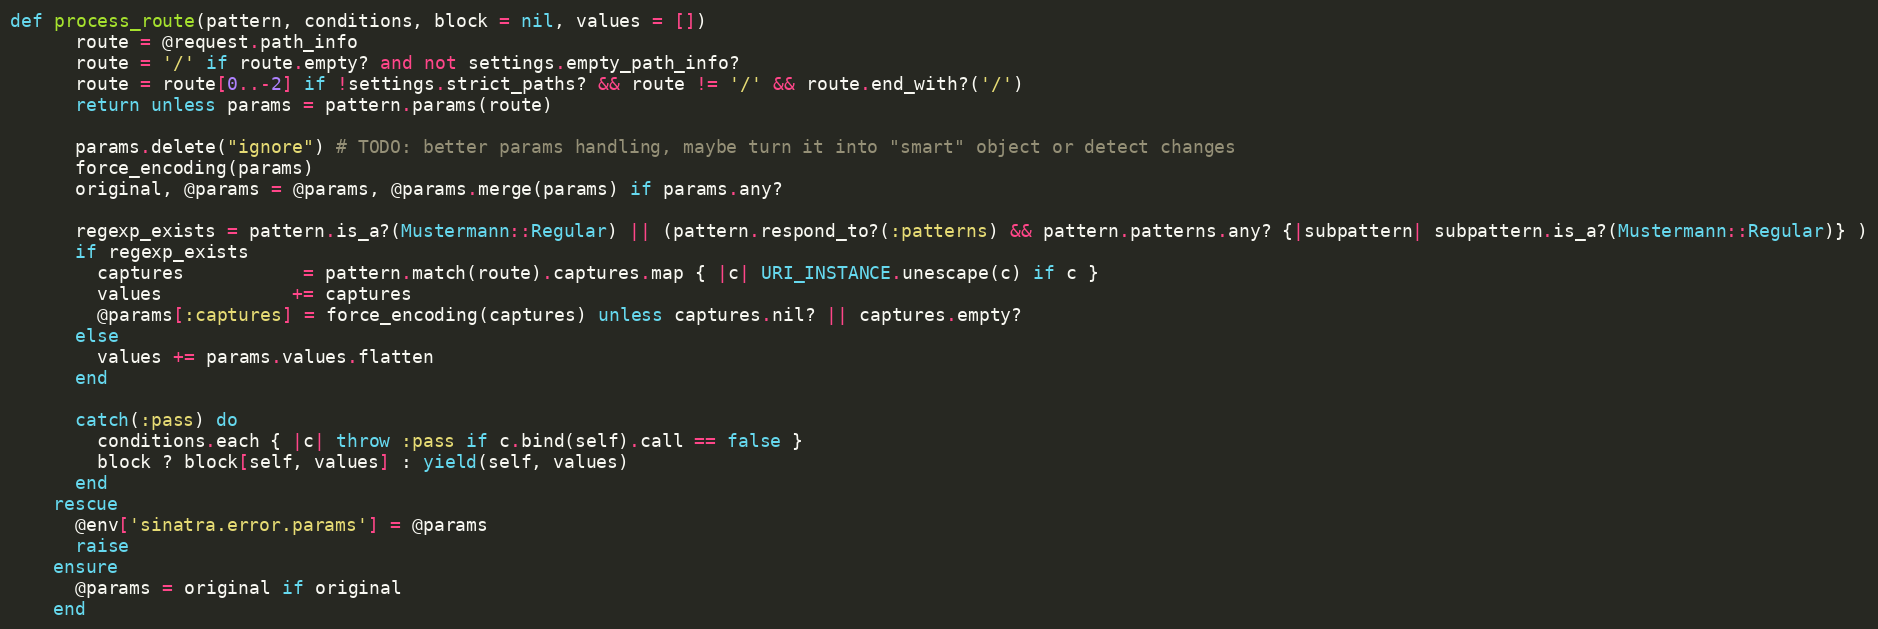
Language: Ruby
def process_route(pattern, conditions, block = nil, values = [])
      route = @request.path_info
      route = '/' if route.empty? and not settings.empty_path_info?
      route = route[0..-2] if !settings.strict_paths? && route != '/' && route.end_with?('/')
      return unless params = pattern.params(route)

      params.delete("ignore") # TODO: better params handling, maybe turn it into "smart" object or detect changes
      force_encoding(params)
      original, @params = @params, @params.merge(params) if params.any?

      regexp_exists = pattern.is_a?(Mustermann::Regular) || (pattern.respond_to?(:patterns) && pattern.patterns.any? {|subpattern| subpattern.is_a?(Mustermann::Regular)} )
      if regexp_exists
        captures           = pattern.match(route).captures.map { |c| URI_INSTANCE.unescape(c) if c }
        values            += captures
        @params[:captures] = force_encoding(captures) unless captures.nil? || captures.empty?
      else
        values += params.values.flatten
      end

      catch(:pass) do
        conditions.each { |c| throw :pass if c.bind(self).call == false }
        block ? block[self, values] : yield(self, values)
      end
    rescue
      @env['sinatra.error.params'] = @params
      raise
    ensure
      @params = original if original
    end